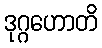
ဒုဂ္ဂဟောတိ